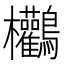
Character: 𪈻